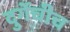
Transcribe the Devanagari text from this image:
दुर्गेचीच